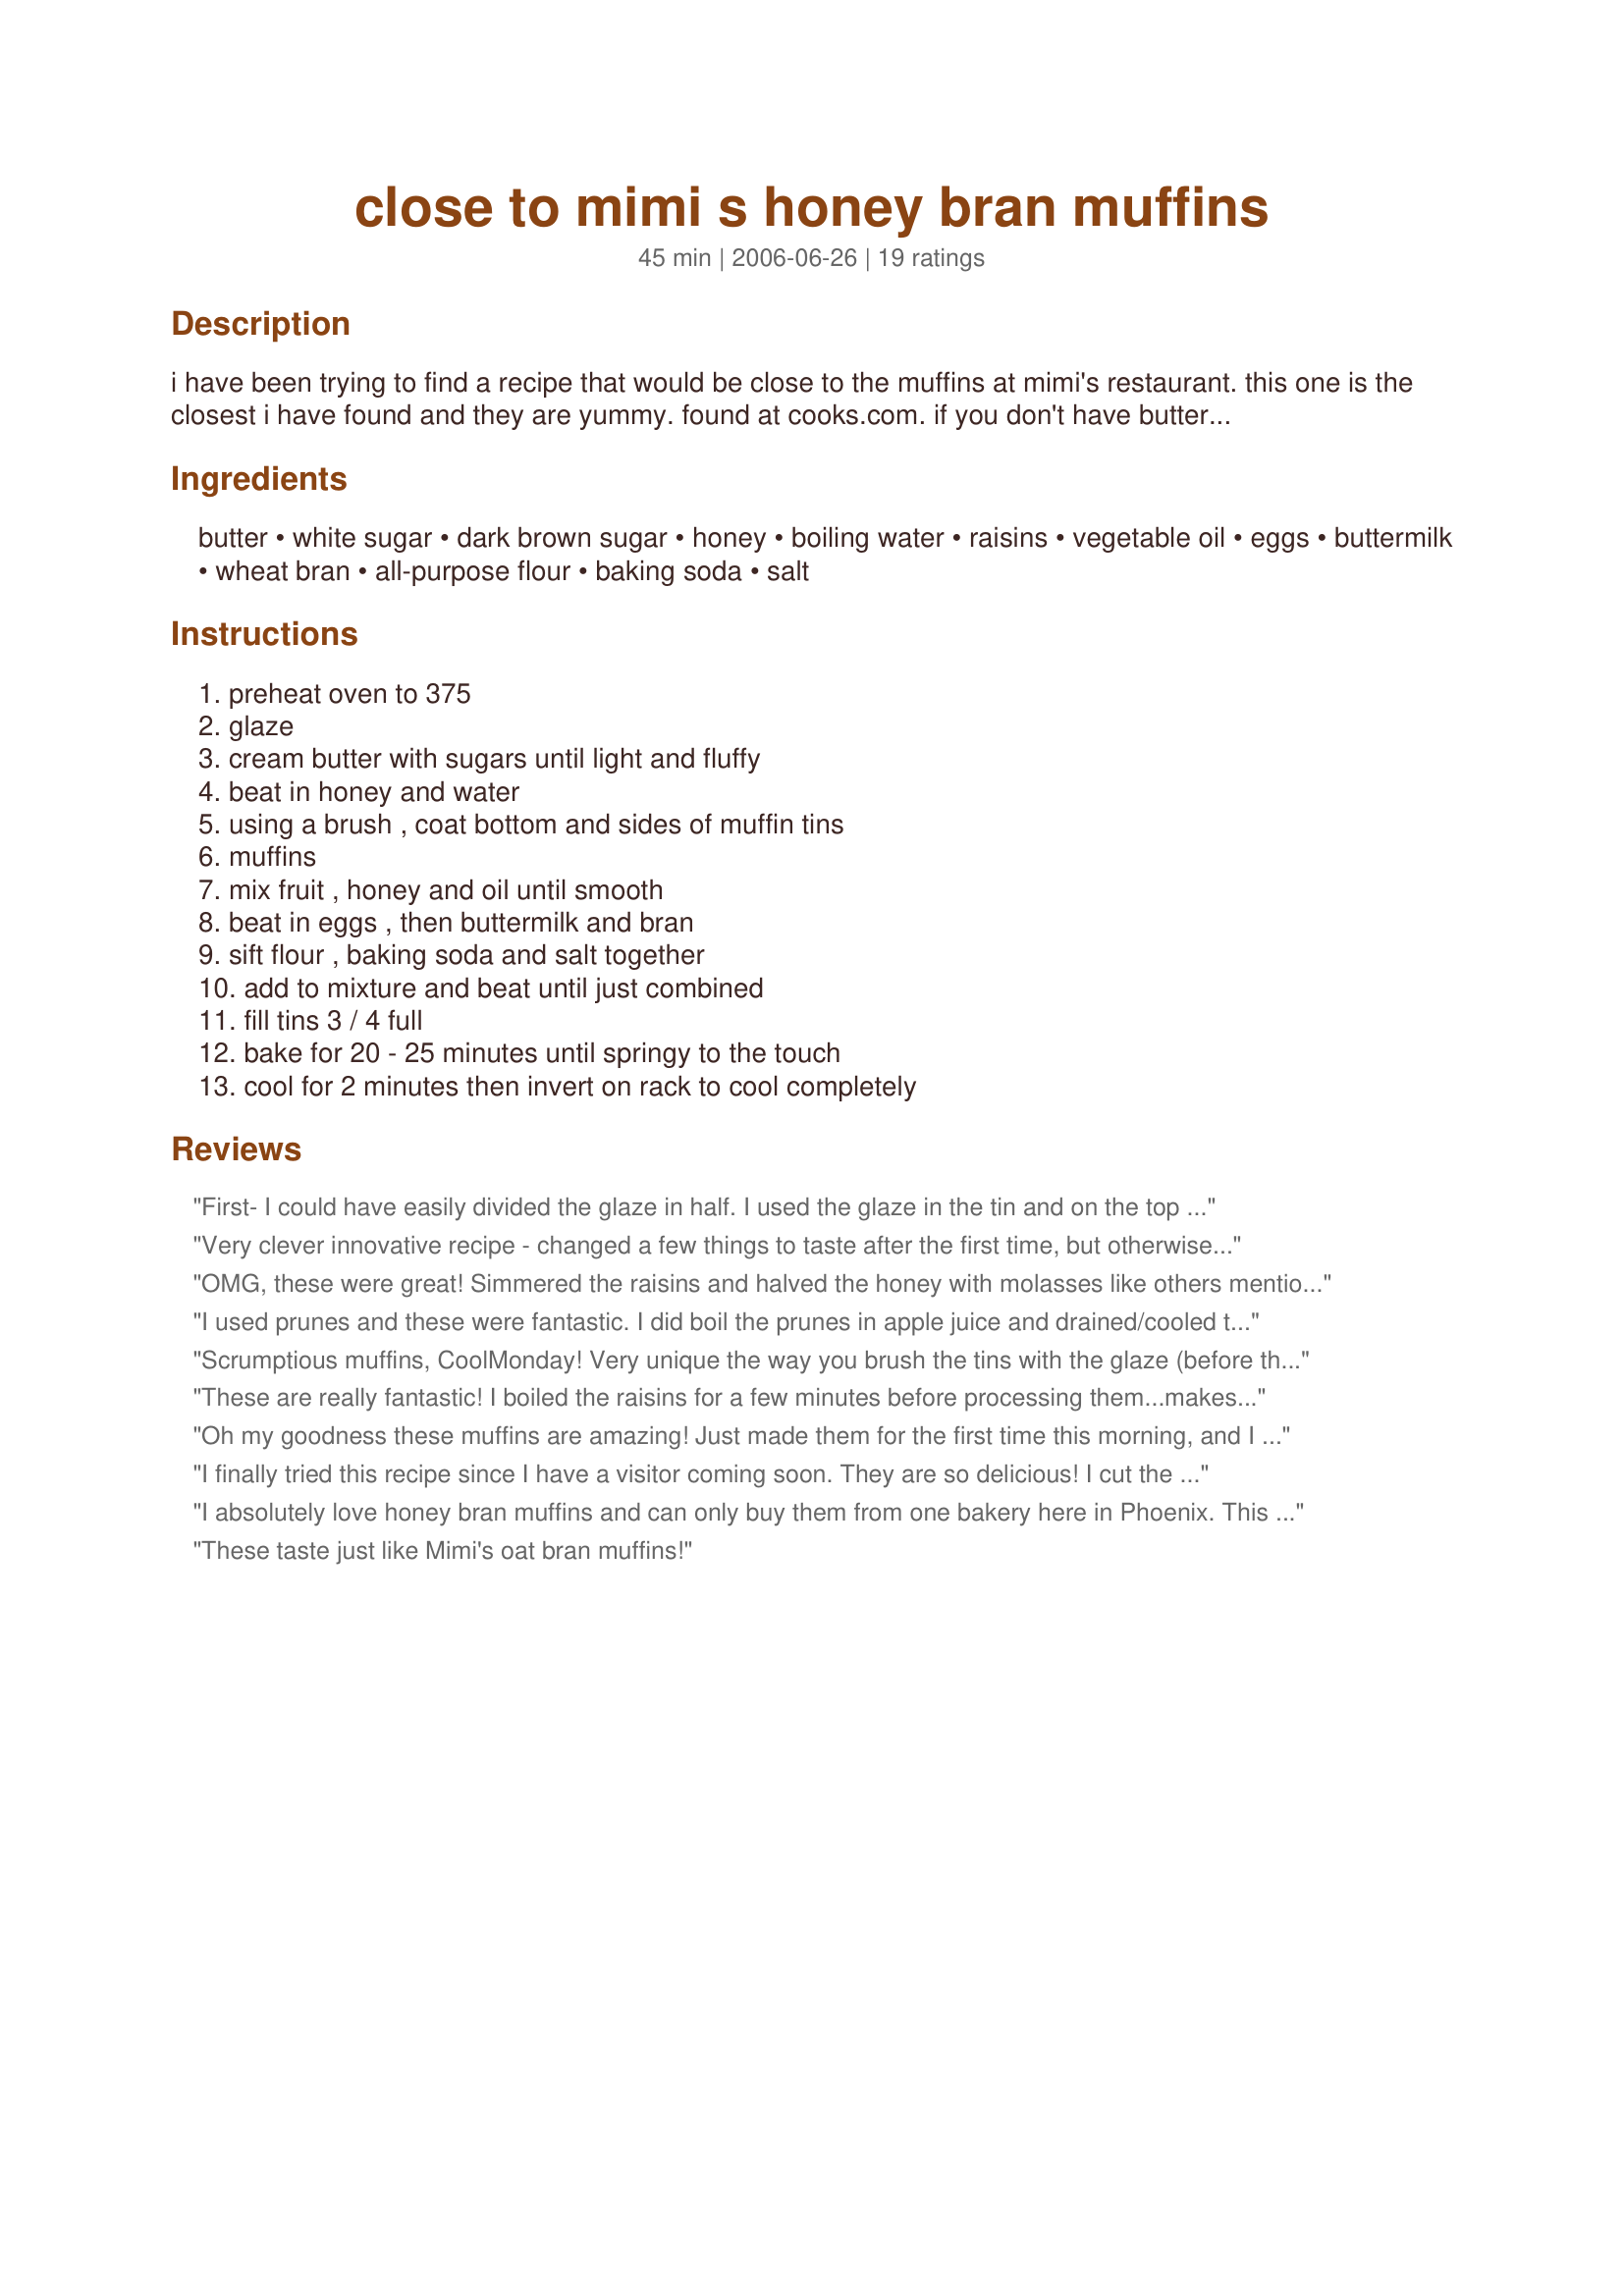
close to mimi s honey bran muffins
Preparation time: 45 minutes

i have been trying to find a recipe that would be close to the muffins at mimi's restaurant. this one is the closest i have found and they are yummy. found at cooks.com. if you don't have buttermilk, just put two teaspoons apple cider vinegar in two cups regular milk and let stand for 15 minutes.

Ingredients:
butter, white sugar, dark brown sugar, honey, boiling water, raisins, vegetable oil, eggs, buttermilk, wheat bran, all-purpose flour, baking soda, salt

Steps:
preheat oven to 375, glaze, cream butter with sugars until light and fluffy, beat in honey and water, using a brush , coat bottom and sides of muffin tins, muffins, mix fruit , honey and oil until smooth, beat in eggs , then buttermilk and bran, sift flour , baking soda and salt together, add to mixture and beat until just combined, fill tins 3 / 4 full, bake for 20 - 25 minutes until springy to the touch, cool for 2 minutes then invert on rack to cool completely

Reviews:
First- I could have easily divided the glaze in half. I used the glaze in the tin and on the top of each muffin every time and still have at least half left.<br/><br/>Second- I feel like the amount of honey in this recipe is way too much. If I use this recipe again, I will cut down the amount in the glaze as well as the muffin recipe by at least 25%.<br/><br/>I cooked the first dozen for 20 minutes and they were kind of dry, so the second I did 18 minutes and the third 17 minutes. I would definitely recommend 17-18 minutes. <br/><br/>And last, I am a wheat-a-holic and love using wheat in everything, so I did use 1 C of wheat flour as another reviewer had mentioned, and even with my love of wheat I didn't feel that it was the best in this recipe, so I would also recommend just using white flour or maybe 1/2 C of wheat flour and the rest white if you really would like to add some.
Very clever innovative recipe - changed a few things to taste after the first time, but otherwise these are spectacular. Almost half the bulk is the fruit - I never would have guessed. And the bran was just the right proportion so that the muffins are still light. Wonderful.&lt;br/&gt;&lt;br/&gt;The only change I would make is to the prep time - I have made these three times - never got the glaze and the batter assembled and put in the pans in less than 35 minutes. There are a lot of ingredients to gather and measure!!! It also made 3.5 dozen in my tins - although mine are so old they might be an entirely different size.&lt;br/&gt;&lt;br/&gt;Thank you so much for developing and posting this recipe. Quite a wonderful treat - we tray freeze and keep them for weeks (if we don&#039;t have company - if we do they have not lasted that long:))
OMG, these were great! Simmered the raisins and halved the honey with molasses like others mentioned and they came out perfect! I got 31 out of this recipe...sent some to the neighbors!
I used prunes and these were fantastic. I did boil the prunes in apple juice and drained/cooled them so they would be super soft. I baked six large muffins and then put the remaining batter in the fridge to bake during the week.
Scrumptious muffins, CoolMonday! Very unique the way you brush the tins with the glaze (before the batter). I used two and 1/2 cups dates and 1/2 cup raisins. I softened a bit with some boiling water (then drained) to plump them and make it easier to puree. I think I'll get roughly 3 dozen out of the batter. These were enjoyed by the rest of the family, even my daughter (who prefers white grains!). Thanks for posting.
These are really fantastic! I boiled the raisins for a few minutes before processing them...makes a big difference!&lt;br/&gt;&lt;br/&gt;The only thing that was a little strange was the glaze. To me, a glaze is able to be poured and mine never got past the creamed butter stage. I brushed it on anyway and then melted about a cup of the leftovers (it made a TON). I brushed the tops of the muffins with the melted glaze about 15min in to the baking time.&lt;br/&gt;&lt;br/&gt;I used a nonstick pan as well as a regular uncoated metal pan. Oddly, they stuck to the non-stick pan but came right out of the uncoated.&lt;br/&gt;&lt;br/&gt;All in all, this is a great recipe! I&#039;ll be making them again soon because I don&#039;t see them lasting long!
Oh my goodness these muffins are amazing! Just made them for the first time this morning, and I don't think I'll ever bother making any other kind of bran muffin! These will be my new go-to breakfast treat. They are so similar to the Mimi's cafe bran muffin---actually probably better! The tip about boiling the rasins in water before pureeing them was very helpful. There are a lot of steps (and you'll probably dirty a lot of dishes!) to these, but it is so worth it! I, too, baked these in silicone muffin pans and they popped out great. Wow. Thanks so much for sharing this recipe!
I finally tried this recipe since I have a visitor coming soon. They are so delicious! I cut the recipe in half since I was just testing, but, WOW! They did not disappoint! Thanks ps..I always clean up once my muffins are in the oven...next time I will wait and brush the tops with the glaze once again!
I absolutely love honey bran muffins and can only buy them from one bakery here in Phoenix. This was a spot on recipe! I had a craving for these this morning and realized that I had all the ingredients to make this recipe. I made a few modifications to this recipe. I substituted vegetable oil for coconut oil, and I used dates and soaked them in boiling water and a teaspoon of baking soda. I also love coconut and raisins, so I added a cup of unsweetened coconut flakes and a cup of raisins to the dry mix(extra). A few tips for this recipe: 1. If you have regular muffin tins (like most of us) this recipe yields 36. So you need to prepare 3 regular muffin tins with the yummy honey glaze. 2. Don't go overboard with the glaze like I did. It started spewing out of the tins then started burning! I would suggest measuring out 1/2 teaspoon of glaze (or a tad more if you have spare) into each cavity, then brush the bottom and sides. 3. Don't wait for the muffins to cool to remove them from the tin. They will stick to the bottom of the tin! If they do, place the bottom tin over a low/medium heat stove top for a few minutes. This will melt the glaze and your muffins will lift off perfectly. Be careful, you want to loosen it with a small metal spatula(the kind of one you use for icing cupcakes) while it is warming. 4. Pairs well with a hot cup of British tea(Tetley) with milk of course. 5. Have fun baking and sharing these yummy muffins!
These taste just like Mimi's oat bran muffins!
Excellent muffins, very different. A few stuck in the pans but for the most part they slid out very easily, and were enjoyed by the family, and the childrens friends! I got a comfortable 24.

Made in remembrance of CoolMonday, a very special lady.
These turned out great. The texture is scrumptious! I used prunes and some whole wheat flour (1 cup whole wheat flour + 2 cups all purpose flour). I also had a little of the glaze left over after coating the muffin tins, so i brushed it on top of the muffins about 5 min before they came out of the oven. The glaze really makes these resemble Mimi's muffins and keeps them super moist. I used a silicon muffin pan and all of the muffins came out no problem.
These muffins are RIDICULOUS. SO delicious! They are just as good in the following day or two as they are right out of the oven...they don&#039;t even need to be buttered or warmed up!

The only change I made was to use coconut oil instead of vegetable oil. I am not sure how other reviewers ended up with such strange proportions - I used all of the glaze and only had about two muffins worth of batter left over. It might be worth noting that each muffin should get about a teaspoon of glaze brushed into the cup.

This is such an interesting batter. All of the other recipes I found for these muffins used much fewer raisins, so I was a little skeptical, but yes, use three cups of boiled raisins! Measure, boil, process.

Also, I was surprised that the instructions didn&#039;t include spraying the muffin tins. As long as the muffins are flipped over while still hot, they&#039;ll slide right out.
Great base recipe. I made some alterations because we love mimi&#039;s muffins but we also are watching our processed sugar intake. So I did a mixture of raisins and dates for my puree and added 2 Tbsp flax seeds and a 1/4 of water to add moisture and fiber. I also subbed the oil for unsweetened apple sauce. I used 1 C AP flour and 2 C Wheat Flour, I needed to add a bit more buttermilk because Whole Wheat Flour soaks up more liquid and the batter was a bit dry. My kids love raisins in their muffins so they sprinkled about a half cup more whole raisins into the batter before we portioned it into the muffin tin to bake. They were fantastic, even without the syrup over the top.
I loved this recipe and my wife loves me more for having tried it. I cut the honey in half and in its place used molasses for the glaze. I got this idea from someone who worked at Mimi&#039;s and knew more about their recipe. With the extra glaze I drizzled the top of the batter before baking it. This gave the top of the muffins the same moist texture that was on the bottoms. Do it. Also, inadvertently I used oat brand instead of wheat brand. They still turned out amazing.
These were perfect! I used half dates and half prunes, food processed with no soaking. Definitely use silicon pans, and let them cool before removing. I didn't on the first batch, and left a lot of the sticky goodness behind. I used jumbo muffin cups, and baked them for 30 minutes.
Very good! I will try the molasses trick next time as I prefer darker muffins. I actually brushed the glaze directly onto a warm muffin also. Came out lovely. These will be served for Boxing Day breakfast to my houseful of guests. Thank you.
I thought this recipe was pretty good but I tweaked it a little based on the previous one I made which was so-so and other reviewers tips. I added 1 tsp of cinnamon and 1/4 tsp of nutmeg. Into the fruit mixture I added a cup of crushed pineapple. The raisins were simmered on the stove in water for about ten minutes than I drained them and put them into the chopper to pulverize them. In the glaze I used less white sugar and added molasses. I also put about two tablespoons of glaze in the bottom of muffin tin and added some on top as well before baking.The best tip though was from a reviewer about the oven temp. I only baked them for 17 minutes and that made them perfect. Last time they were so dry I threw most of them out. I&#039;m happy to say that this recipe is a keeper, it&#039;s perfect, moist and dense, not too sweet and a little spicy. Excellent.
OMG! These are fabulous! I have been looking for a recipe that equals Mimi's and this is it. I read the reviews and I did soak the raisins. I used half raisins and half dates. Also in the glaze I replaced half the honey with molasses as suggested. 20 minutes cook time was perfect for my stoneware muffin pan. Yes, they took longer than a simple muffin recipe. But well worth the few extra minutes prep time. Looking forward to making them again. Thanks for the recipe!
